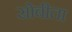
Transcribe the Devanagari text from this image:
सोबीता